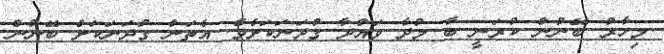
މިހާރު ބޭނުން ކުރަނީ ބާ މުދާ ވައްދާ ގުދަނަކަށެވެ. އެތަން ގުދަނަކަށް ބޭނުން